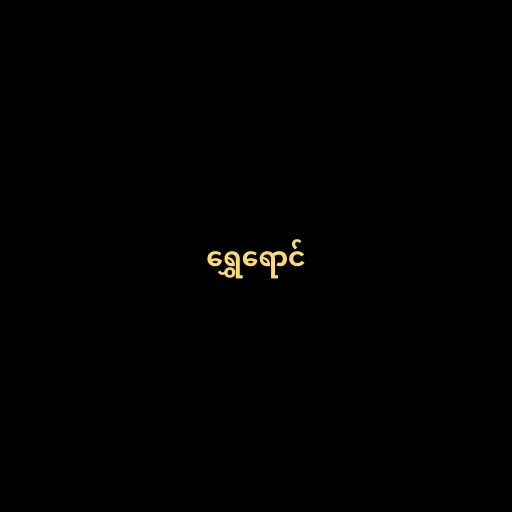
ရွှေရောင်